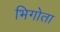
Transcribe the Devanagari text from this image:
भिगोता